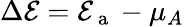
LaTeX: \Delta\mathcal{E}=\mathcal{E}_{\mathrm{{~a~}}}-\mu_{A}